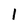
Character: 1